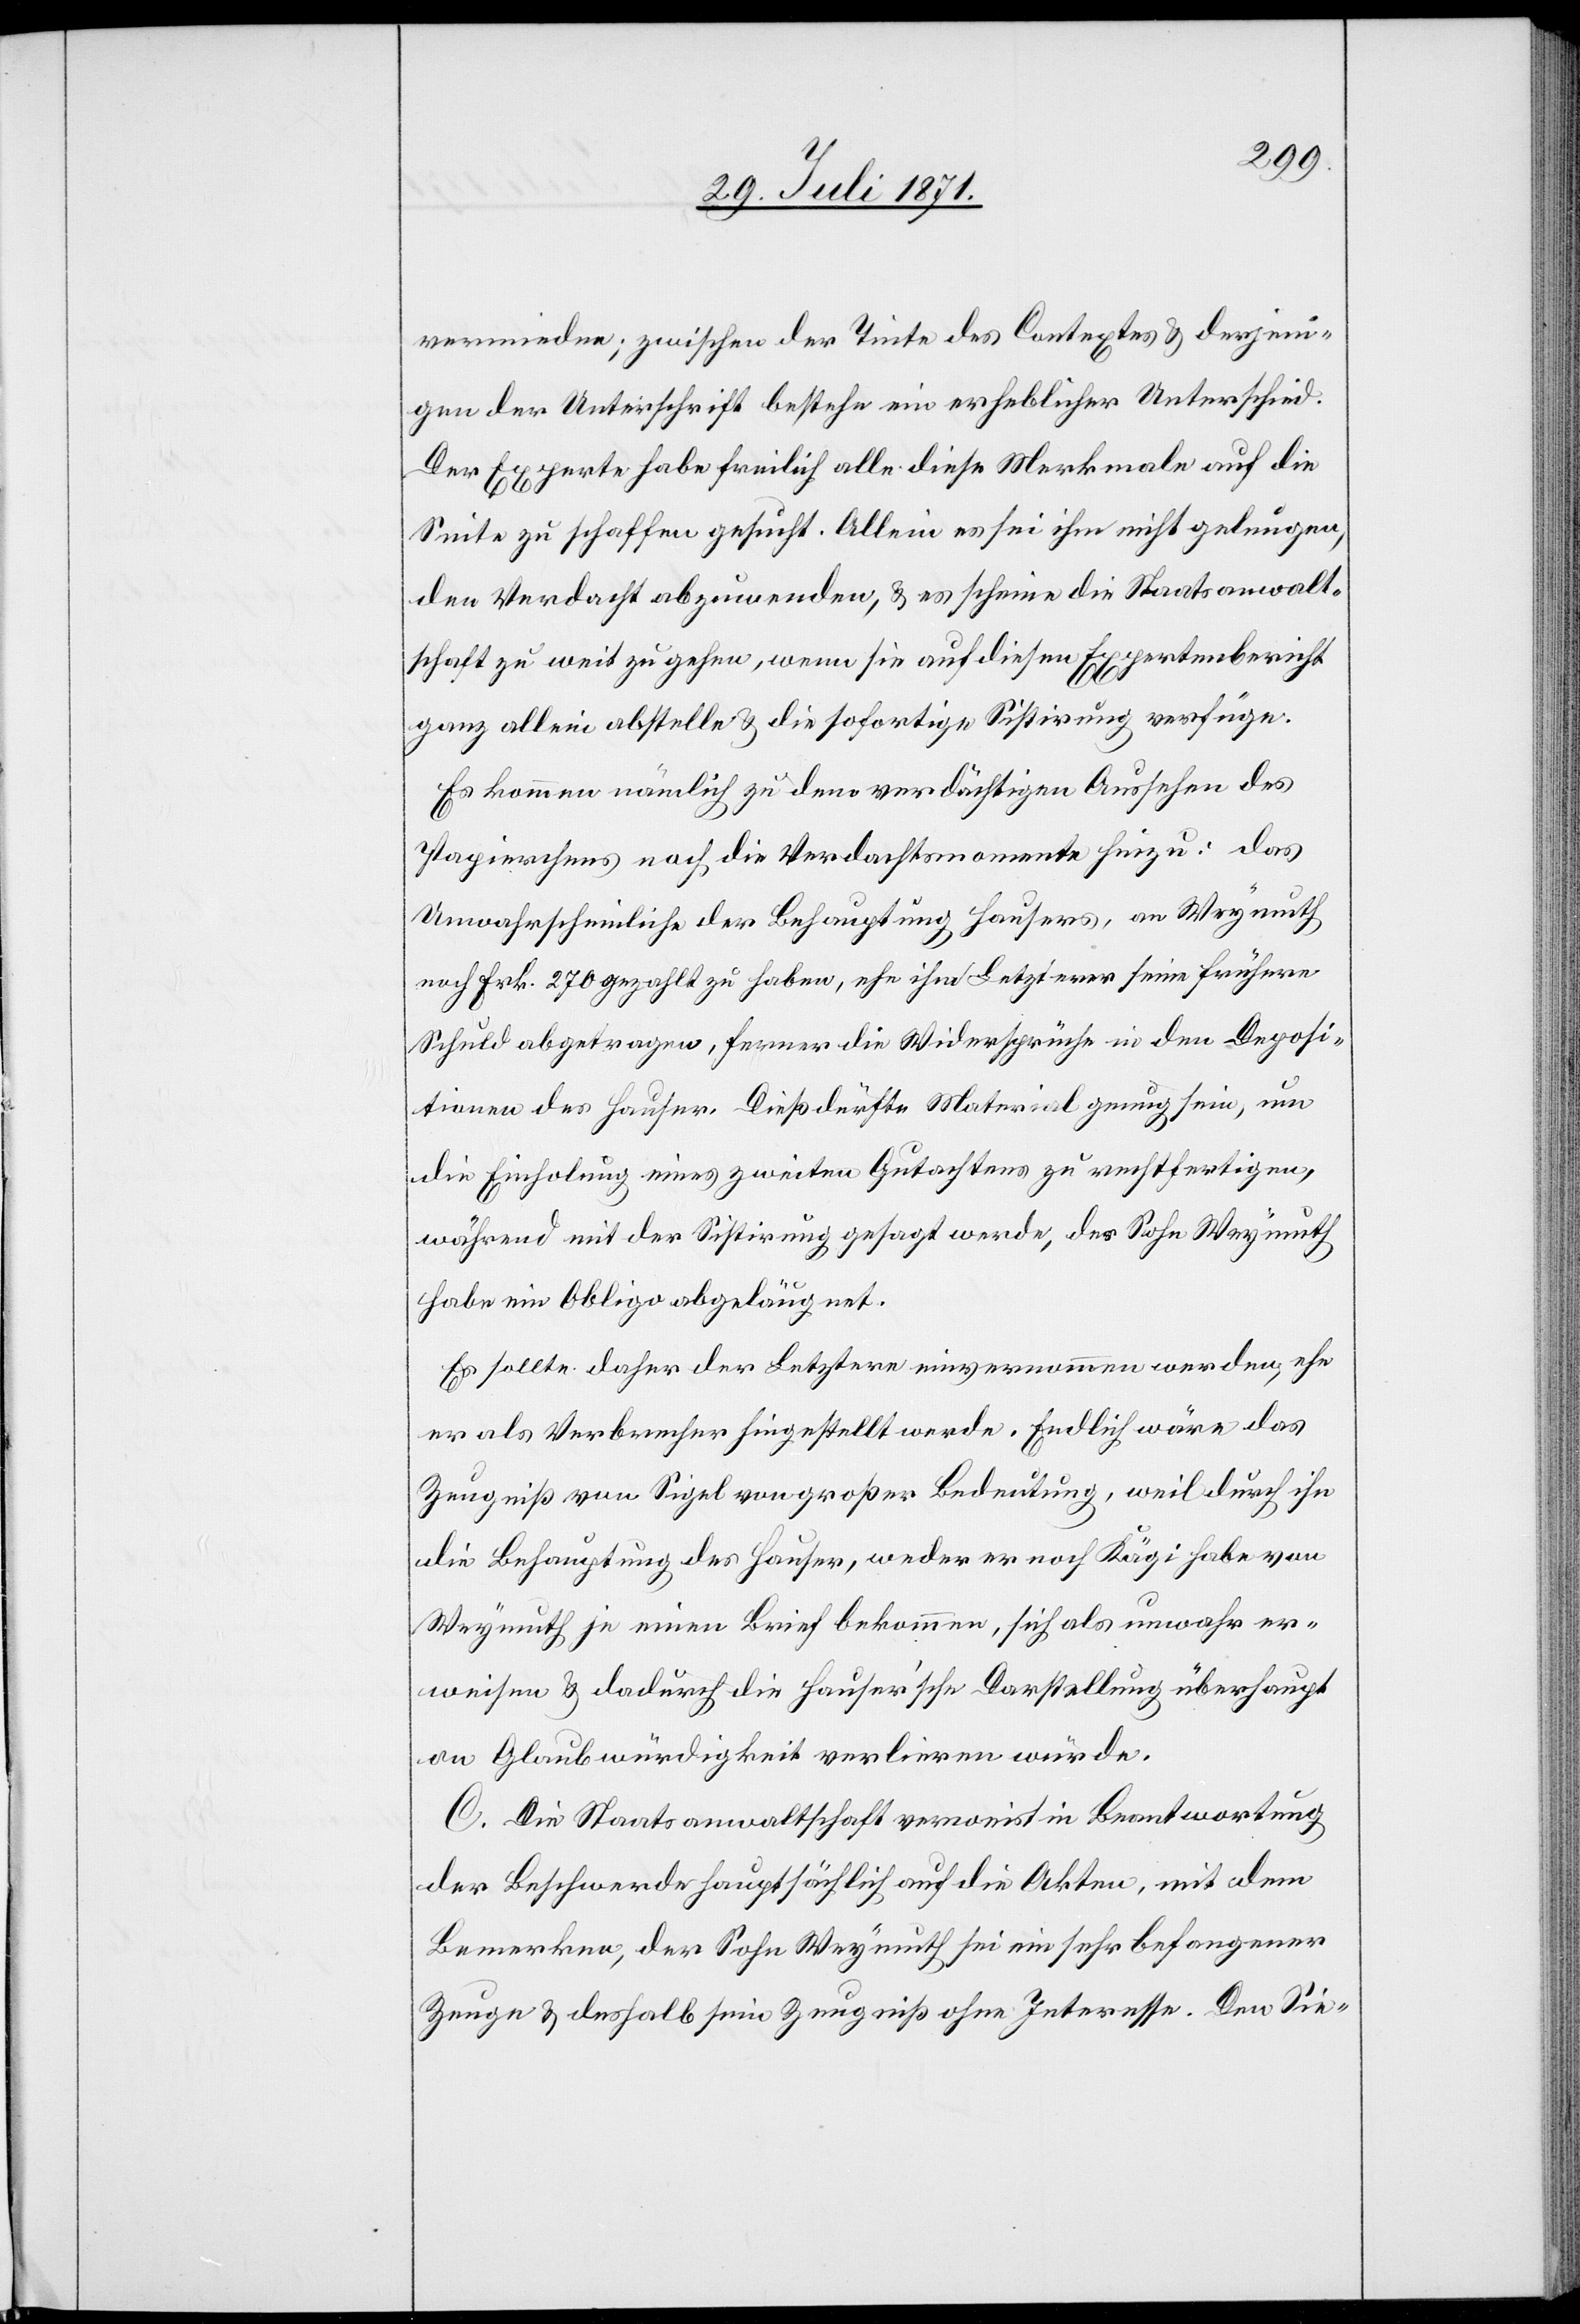
vermieden; zwischen der Tinte des Contextes u. derjeni¬
gen der Unterschrift bestehe ein erheblicher Unterschied.
Der Experte habe freilich alle diese Merkmale auf die
Seite zu schaffen gesucht. Allein es sei ihm nicht gelungen,
den Verdacht abzuwenden, u. es scheine die Staatsanwalt¬
schaft zu weit zu gehen, wenn sie auf diesem Expertenbericht
ganz allein abstelle u. die sofortige Sistirung verfüge.
Es kommen nämlich zu dem verdächtigen Aussehen des
Papierchens noch die Verdachtsmomente hinzu: das
Unwahrscheinliche der Behauptung Hausers, an Weymuth
noch Frk. 270 gezahlt zu haben, ehe ihm Letzterer seine frühere
Schuld abgetragen, ferner die Widersprüche in den Deposi¬
tionen des Hauser. Dieß dürfte Material genug sein, um
die Einholung eines zweiten Gutachtens zu rechtfertigen,
während mit der Sistirung gesagt werde, der Sohn Weymuth
habe ein Obligo abgeläugnet.
Es sollte daher der Letztere einvernommen werden, ehe
er als Verbrecher hingestellt werde. Endlich wäre das
Zeugniß von Sigel von großer Bedeutung, weil durch ihn
die Behauptung des Hauser, weder er noch Kägi habe von
Weymuth je einen Brief bekommen, sich als unwahr er¬
weisen u. dadurch die hauser’sche Darstellung überhaupt
an Glaubwürdigkeit verlieren würde.
C. Die Staatsanwaltschaft verweist in Beantwortung
der Beschwerde hauptsächlich auf die Akten, mit dem
Bemerken, der Sohn Weymuth sei ein sehr befangener
Zeuge u. deshalb sein Zeugniß ohne Interesse. Den Sie-